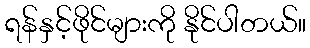
ရန်နှင့်ဖိုင်များကို နိုင်ပါတယ်။